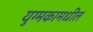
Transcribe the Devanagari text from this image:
युग्मकामधील